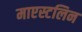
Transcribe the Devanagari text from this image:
माएस्टलिन